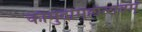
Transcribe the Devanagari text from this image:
कौमुदीमहोत्सवम्